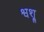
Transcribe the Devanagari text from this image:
श्वश्रू